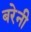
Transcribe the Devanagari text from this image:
बरेनी